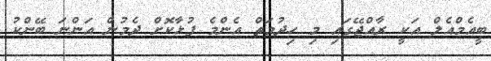
ބީއެމްއެލް އަކީ ރާއްޖޭގައި މި ހިދުމަތް އެންމެ ފުޅާކޮށް ދެމުން އަންނަ ބޭންކު